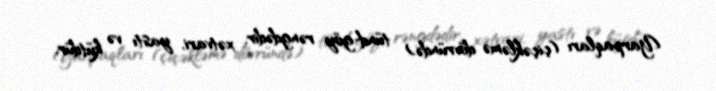
Yarpaqları (çiçəkləmə dövründə) tünd-göy rəngdədir, xətvari, yastı və kütdür,